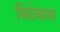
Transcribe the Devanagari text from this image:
विठेबास